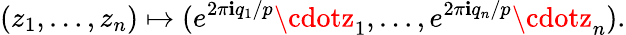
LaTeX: (z_{1},\ldots,z_{n})\mapsto(e^{2\pi\mathbf{i}q_{1}/p}\cdotz_{1},\ldots,e^{2\pi\mathbf{i}q_{n}/p}\cdotz_{n}).